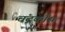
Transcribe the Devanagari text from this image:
चंद्रकौंस